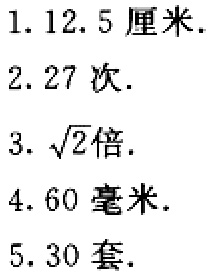
1. \(12.5\)厘米.

2. \(27\)次.

3. \(\sqrt{2}\)倍.

4. \(60\)毫米.

5. \(30\)套.